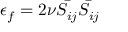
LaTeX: \epsilon _ { f } = 2 \nu { \bar { S _ { i j } } } { \bar { S _ { i j } } }